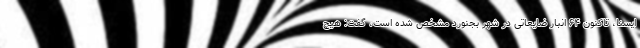
ایسنا، تاکنون ۶۴ انبار ضایعاتی در شهر بجنورد مشخص شده است، گفت: هیچ